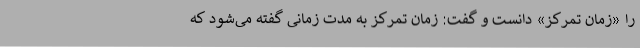
را «زمان تمرکز» دانست و گفت: زمان تمرکز به مدت زمانی گفته می‌شود که